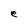
Character: e